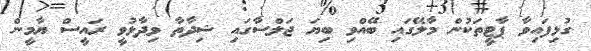
ގުޅިފައިވާ ޕާޓީތަކުން މާލޭގައި ބޭއްވި ބިޔަ ޖަލްސާގައި ޝިދާތާ ވިދާޅުވީ ރައީސް ޔާމީން